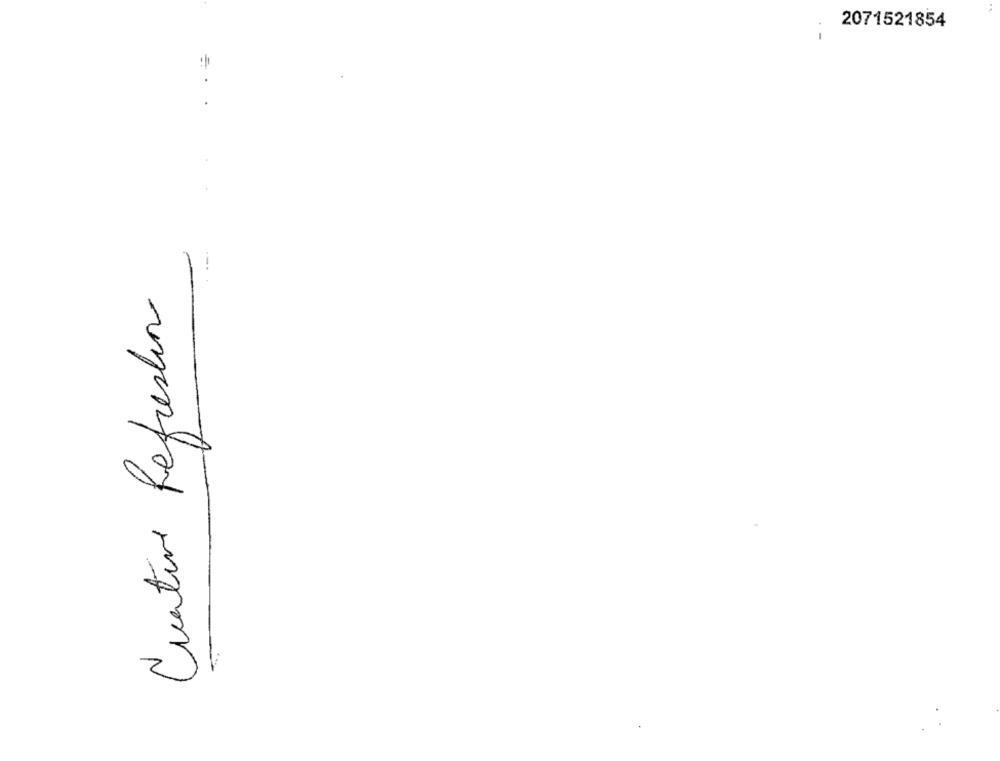
2071521854
Cuantine Refreshon